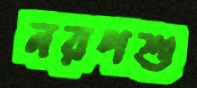
নরপশু